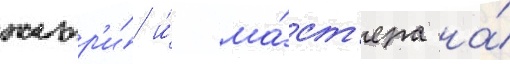
жюр'и́ и́ ма́ст'ера на́